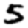
Digit: 5